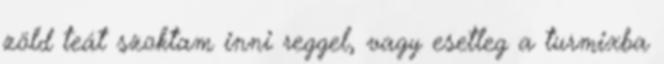
zöld teát szoktam inni reggel, vagy esetleg a turmixba